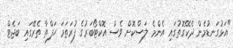
"އަޅުގަނޑުމެން ދެކޭގޮތުގައި އެންމެ ލަސްކޮށް ވެސް އޮކްޓޯބަރުގެ ފުރަތަމަ ހަފްތާ ތެރޭގައި ބަޖެޓް